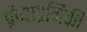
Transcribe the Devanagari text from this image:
प्रौद्याप्रगिकी